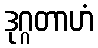
ဒုဂ္ဂတာဟံ